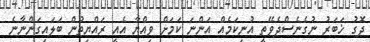
ދޮގު ޚަބަރު ނުގެނެސްދެވޭތީ އުނިކަމެއް އަންނަ ކަމަށް ވިއްޔާ އެއީ ރައްޔިތުން ބަލައިގަންނާނެ